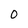
Character: 0